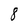
Character: 8